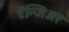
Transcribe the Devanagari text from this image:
टॅन्जिअर